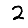
Digit: 2